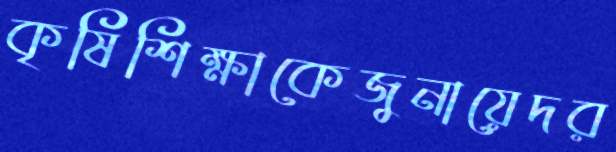
কৃষিশিক্ষাকেজুনায়েদর